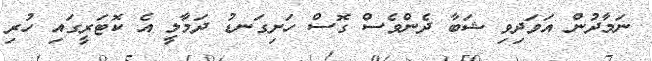
ނަމާދުން އަވަދިވި ޝަބާ ދެންވެސް ގޮސް ހަށިގަނޑު ދަމާލީ އެ ކޮޓަރީގައި ހުރި